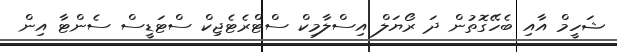
ޝަހީމް އާއި ބެހޭގޮތުން ދަ ރޯޔަލް އިސްލާމިކް ސްޓްރެޓެޖިކް ސްޓަޑީސް ސެންޓާ އިން